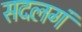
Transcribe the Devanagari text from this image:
सदलगं